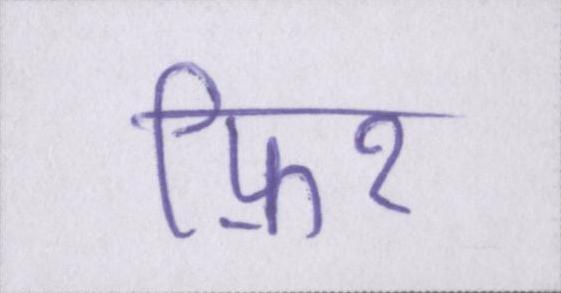
फ़िर